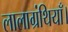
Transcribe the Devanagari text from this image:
लालाग्रंथियाँ।